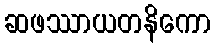
ဆဖဿာယတနိကော